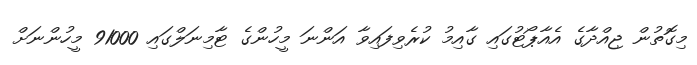
މިގޮތުން ޖިއްދާގެ އެއާޕޯޓުގައި ގާއިމު ކުރެވިފައިވާ އަންނަ މީހުންގެ ޓާމިނަލްގައި 91000 މީހުންނަށް